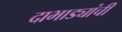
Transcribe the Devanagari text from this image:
दाभाड्यांची